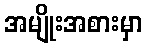
အမျိုးအစားမှာ